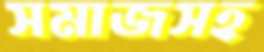
সমাজসহ